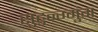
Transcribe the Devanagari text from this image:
सुहुन्ग्मुंग